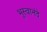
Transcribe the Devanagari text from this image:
भूस्वानंदे